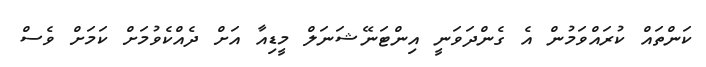
ކަންތައް ކުރައްވަމުން އެ ގެންދަވަނީ އިންޓަނޭޝަނަލް މީޑިއާ އަށް ދެއްކެވުމަށް ކަމަށް ވެސް